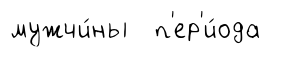
мужчи́ны п'ер'и́ода